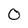
Character: 0